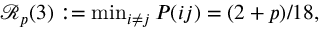
\begin{array} { r } { \mathcal { R } _ { p } ( 3 ) : = \operatorname* { m i n } _ { i \neq j } P ( i j ) = ( 2 + p ) / 1 8 , } \end{array}